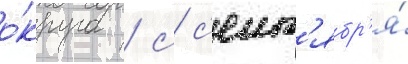
о́круга / с с'ент'ябр'я́